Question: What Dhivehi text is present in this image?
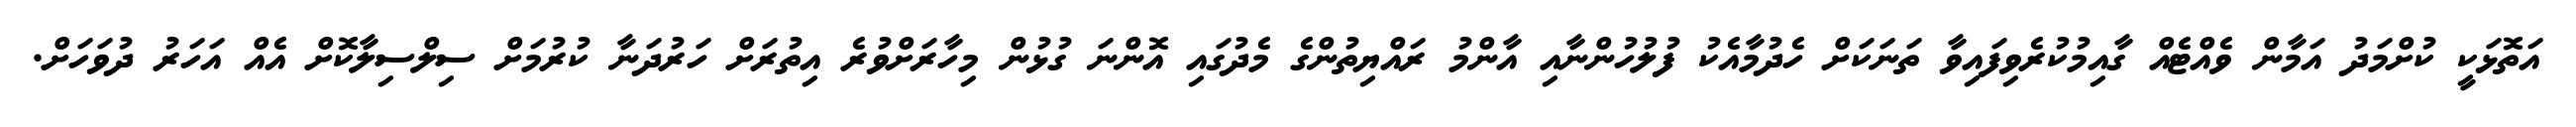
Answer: އަތޮޅަކީ ކުށްމަދު އަމާން ވެއްޓެއް ގާއިމުކުރެވިފައިވާ ތަނަކަށް ހެދުމާއެކު ފުލުހުންނާއި އާންމު ރައްޔިތުންގެ މެދުގައި އޮންނަ ގުޅުން މިހާރަށްވުރެ އިތުރަށް ހަރުދަނާ ކުރުމަށް ސިލްސިލާކޮށް އެއް އަހަރު ދުވަހަށް.